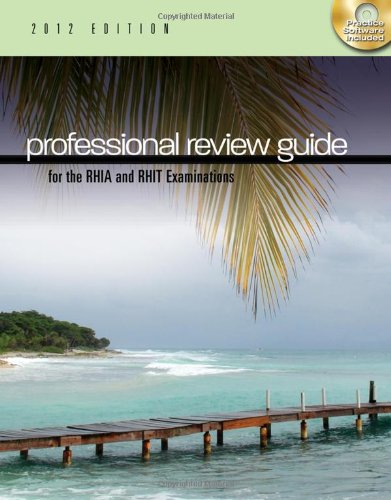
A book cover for Professional Review Guide for the RHIA and RHIT Examinations, 2012 Edition (Exam Review Guides); Patricia Schnering; Medical Books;